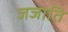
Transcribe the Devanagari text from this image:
जजाति